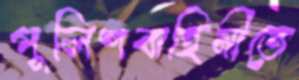
পুলিশবাহিনীতে